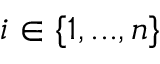
i \in \{ 1 , . . . , n \}